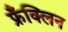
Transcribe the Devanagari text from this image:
फ्रँक्लिन